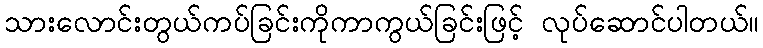
သားလောင်းတွယ်ကပ်ခြင်းကိုကာကွယ်ခြင်းဖြင့် လုပ်ဆောင်ပါတယ်။